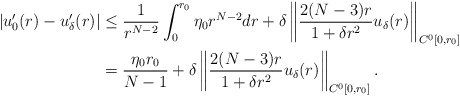
\begin{align*}|u'_0(r)-u_{\delta}'(r)|&\le\frac{1}{r^{N-2}}\int_0^{r_0}\eta_0r^{N-2}dr+\delta\left\|\frac{2(N-3)r}{1+\delta r^2}u_{\delta}(r)\right\|_{C^0[0,r_0]}\\&=\frac{\eta_0r_0}{N-1}+\delta\left\|\frac{2(N-3)r}{1+\delta r^2}u_{\delta}(r)\right\|_{C^0[0,r_0]}.\end{align*}